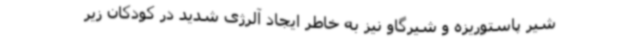
شیر پاستوریزه و شیرگاو نیز به خاطر ایجاد آلرژی شدید در کودکان زیر